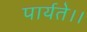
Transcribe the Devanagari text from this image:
पार्यते।।